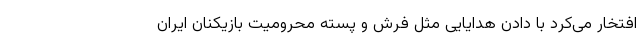
افتخار می‌کرد با دادن هدایایی مثل فرش و پسته محرومیت بازیکنان ایران